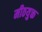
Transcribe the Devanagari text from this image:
मीठयुक्त